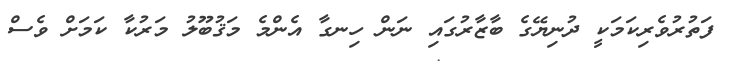
ފަތުރުވެރިކަމަކީ ދުނިޔޭގެ ބާޒާރުގައި ނަން ހިނގާ އެންމެ މަޤުބޫލު މަރުކާ ކަމަށް ވެސް